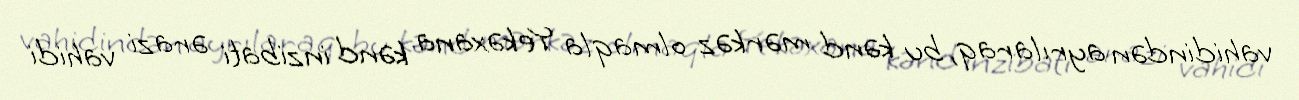
vahidindən ayrılaraq, bu kənd mərkəz olmaqla Yekəxana kənd inzibati ərazi vahidi